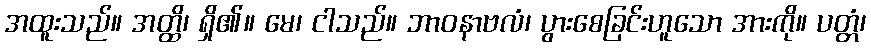
အထူးသည်။ အတ္ထိ၊ ရှိ၏။ မေ၊ ငါသည်။ ဘာဝနာဗလံ၊ ပွားစေခြင်းဟူသော အားကို။ ပတ္တံ၊